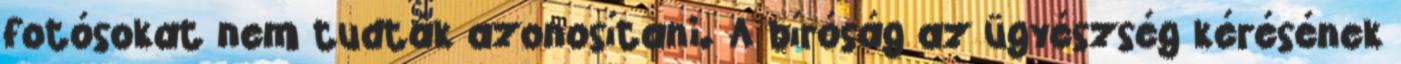
fotósokat nem tudták azonosítani. A bíróság az ügyészség kérésének